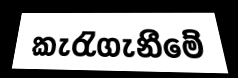
කැරැගැනීමේ